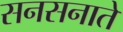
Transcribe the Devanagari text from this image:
सनसनाते